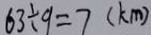
6 3 \div 9 = 7 ( k m )